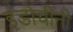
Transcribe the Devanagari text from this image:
इंडोचीनी